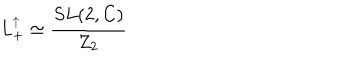
L _ { + } ^ { \uparrow } \simeq \frac { S L ( 2 , C ) } { Z _ { 2 } }